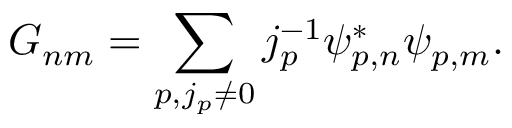
G _ { n m } = \sum _ { p , j _ { p } \neq 0 } j _ { p } ^ { - 1 } \psi _ { p , n } ^ { * } \psi _ { p , m } .